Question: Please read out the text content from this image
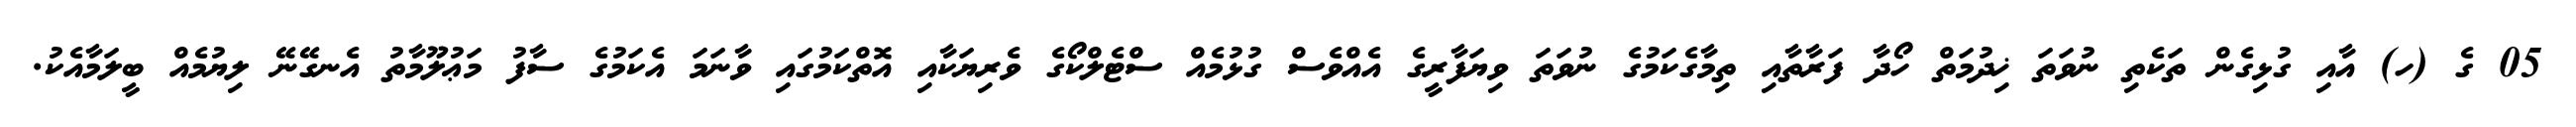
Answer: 05 ގެ (ހ) އާއި ގުޅިގެން ތަކެތި ނުވަތަ ޚިދުމަތް ހޯދާ ފަރާތާއި ތިމާގެކަމުގެ ނުވަތަ ވިޔަފާރީގެ އެއްވެސް ގުޅުމެއް ސްޓެލްކޯގެ ވެރިޔަކާއި އޮތްކަމުގައި ވާނަމަ އެކަމުގެ ސާފު މަޢުލޫމާތު އެނގޭނޭ ލިޔުމެއް ބީލަމާއެކު.